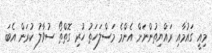
މިއީ ގައުމާއި ރައްޔިތުންނަށް އެންމެ މަސްލަހަތު ހުރި ގޮތްތޯ ސުވާލު ކުރަން އެބަ